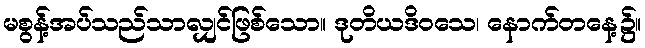
မစွန့်အပ်သည်သာလျှင်ဖြစ်သော။ ဒုတိယဒိဝသေ၊ နောက်တနေ့၌။